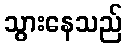
သွားနေသည်